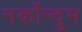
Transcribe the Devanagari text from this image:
नर्कोन्दुम